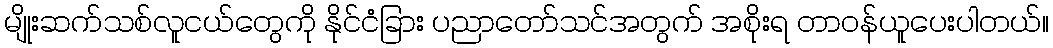
မျိုးဆက်သစ်လူငယ်တွေကို နိုင်ငံခြား ပညာတော်သင်အတွက် အစိုးရ တာဝန်ယူပေးပါတယ်။